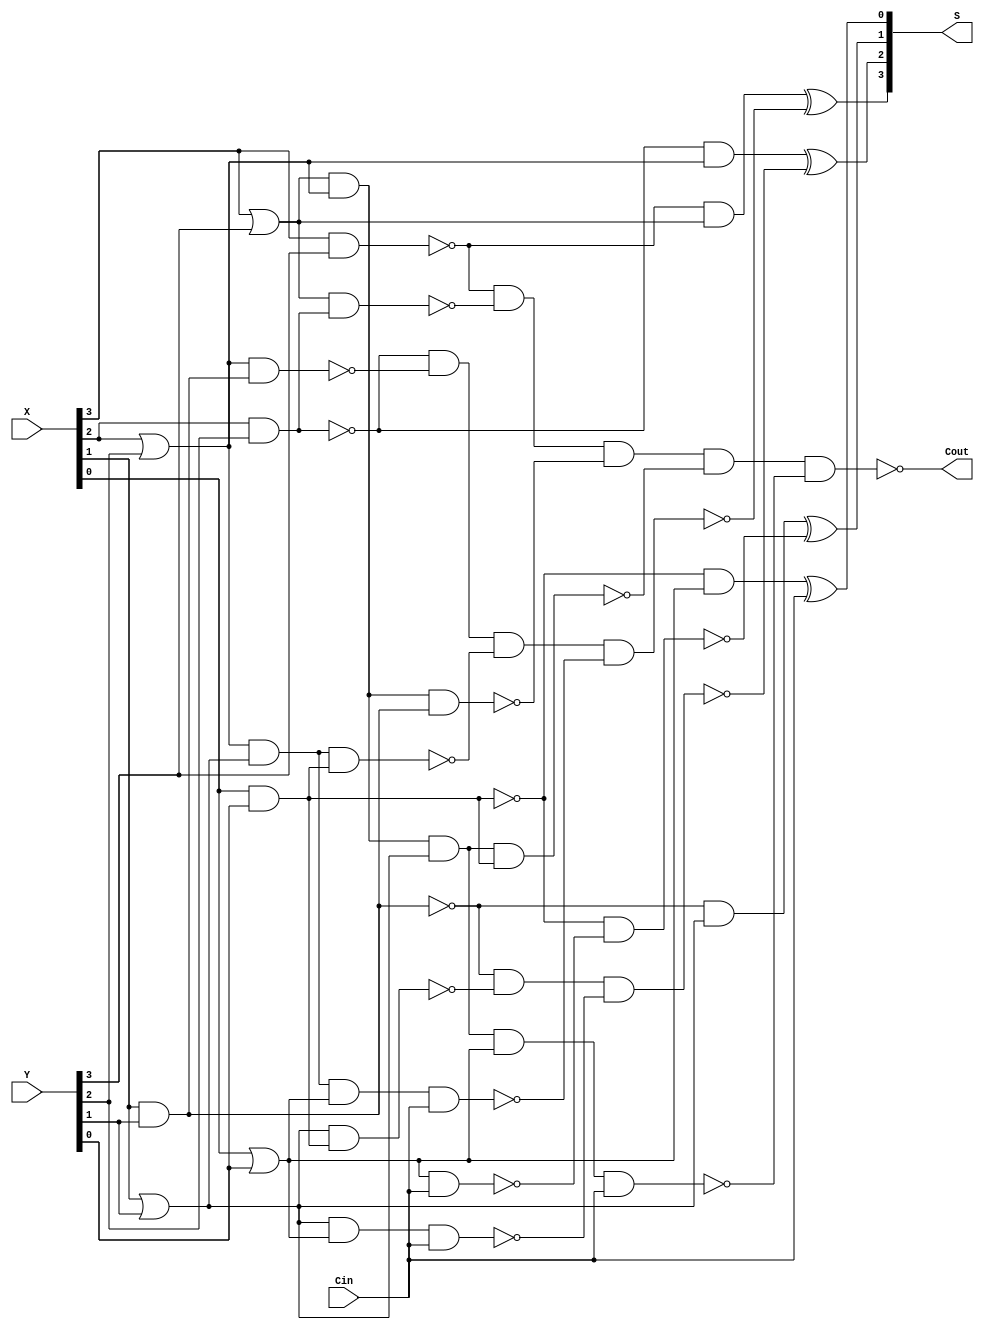
`timescale 1ns / 1ps
//////////////////////////////////////////////////////////////////////////////////
// Company: 
// Engineer: 
// 
// Design Name: 
// Module Name: CLA_32b
// Project Name: 
// Target Devices: 
// Tool Versions: 
// Description: 
// 
// Dependencies: 
// 
// Revision:
// Revision 0.01 - File Created
// Additional Comments:
// 
//////////////////////////////////////////////////////////////////////////////////

module CLA_4(X,Y,Cin,S,Cout);
    
    input   [3:0]   X,Y;
    input           Cin;
    
    output          Cout;
    output  [3:0]   S;
    
    and i0(Y_3,X[3],Y[3]);
    or i1(X_3,X[3],Y[3]);
    and i2(Y_2,X[2],Y[2]);
    or i3(X_2,X[2],Y[2]);
    and i4(Y_1,X[1],Y[1]);
    or i5(X_1,X[1],Y[1]);
    and i6(Y_0,X[0],Y[0]);
    or i7(X_0,X[0],Y[0]);
    not i01(Y_31,Y_3);
    nand i02(Y_32,X_3,Y_2);
    nand i03(Y_33,X_3,X_2,Y_1);
    nand i04(Y_34,X_3,X_2,X_1,Y_0);
    nand i05(Y_35,X_3,X_2,X_1,X_0,Cin);
    nand i00(Cout,Y_31,Y_32,Y_33,Y_34,Y_35);
    not i_2(Y__3,Y_3);
    and i21(Y_21,Y__3,X_3);
    not i22(Y_22,Y_2);
    nand i23(Y_23,X_2,Y_1);
    nand i24(Y_24,X_2,X_1,Y_0);
    nand i25(Y_25,X_2,X_1,X_0,Cin);
    nand i26(Y_26,Y_22,Y_23,Y_24,Y_25);
    xor i20(S[3],Y_21,Y_26);
    not i_1(Y__2,Y_2);
    and i11(Y_11,Y__2,X_2);
    not i12(Y_12,Y_1);
    nand i13(Y_13,X_1,Y_0);
    nand i14(Y_14,X_1,X_0,Cin);
    nand i15(Y_15,Y_12,Y_13,Y_14);
    xor i10(S[2],Y_11,Y_15);
    not i_0(Y__1,Y_1);
    and i51(Y_51,Y__1,X_1);
    not i52(Y_52,Y_0);
    nand i53(Y_53,X_0,Cin);
    nand i54(Y_54,Y_52,Y_53);
    xor i50(S[1],Y_51,Y_54);
    not i41(Y__0,Y_0);
    and i42(Y_4,Y__0,X_0);
    xor i40(S[0],Y_4,Cin);
endmodule


module CLA_32b(X,Y,Cin,S,Cout);
    
    input[31:0]X,Y;
    input Cin;
    
    output[31:0]S;
    output Cout;
    
    wire [6:0]C;
    
    CLA_4 add0(
        .X(X[3:0]),
        .Y(Y[3:0]),
        .Cin(Cin),
        .S(S[3:0]),
        .Cout(C[0])
    );
    
    CLA_4 add1(
        .X(X[7:4]),
        .Y(Y[7:4]),
        .Cin(C[0]),
        .S(S[7:4]),
        .Cout(C[1])
    );
    
    CLA_4 add2(
        .X(X[11:8]),
        .Y(Y[11:8]),
        .Cin(C[1]),
        .S(S[11:8]),
        .Cout(C[2])
    );
    
    CLA_4 add3(
        .X(X[15:12]),
        .Y(Y[15:12]),
        .Cin(C[2]),
        .S(S[15:12]),
        .Cout(C[3])
    );
    
    CLA_4 add4(
        .X(X[19:16]),
        .Y(Y[19:16]),
        .Cin(C[3]),
        .S(S[19:16]),
        .Cout(C[4])
    );
    
    CLA_4 add5(
        .X(X[23:20]),
        .Y(Y[23:20]),
        .Cin(C[4]),
        .S(S[23:20]),
        .Cout(C[5])
    );
    
    CLA_4 add6(
        .X(X[27:24]),
        .Y(Y[27:24]),
        .Cin(C[5]),
        .S(S[27:24]),
        .Cout(C[6])
    );
    
    CLA_4 add7(
        .X(X[31:28]),
        .Y(Y[31:28]),
        .Cin(C[6]),
        .S(S[31:28]),
        .Cout(Cout)
    );
    
endmodule